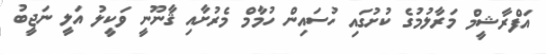
އަފްރާޝީމް މަރާލުމުގެ ކުށުގައި ހުސައިން ހުމާމް މެރުށާއި ޤާނޫނީ ވަކީލު އަލީ ނަޖީބު